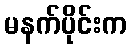
မနက်ပိုင်းက